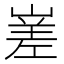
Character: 嵳